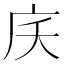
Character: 𭙖